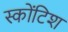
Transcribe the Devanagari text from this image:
स्कोंटिश